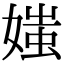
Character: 媸